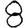
Digit: 8